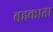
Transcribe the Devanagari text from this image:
बहकाता